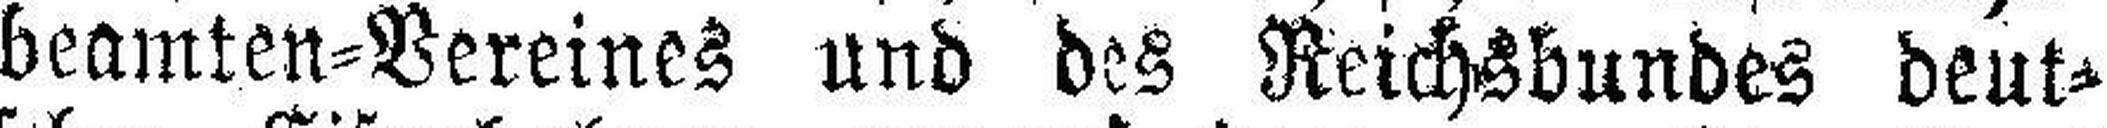
beamten=Vereines und des Reichsbundes deut¬